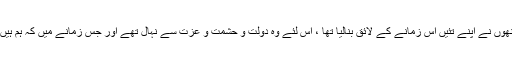
’’ہم اپنے بزرگوں کے حال سے مقابلہ کرو آپ کے بزرگ جس زمانے میں تھے ، انھوں نے اپنے تئیں اس زمانے کے لائق بنالیا تھا ، اس لئے وہ دولت و حشمت و عزت سے نہال تھے اور جس زمانے میں کہ ہم ہیں ، ہم نے اپنے تئیں اس زمانے کے لائق نہیں بنایا اس لئے نکبت اور ذلت میں ہیں‘‘ ۔